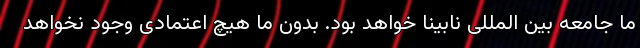
ما جامعه بین المللی نابینا خواهد بود. بدون ما هیچ اعتمادی وجود نخواهد